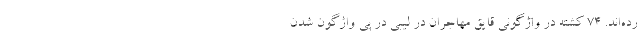
رده‌اند. ۷۴ کشته در واژگونی قایق مهاجران در لیبی در پی واژگون شدن